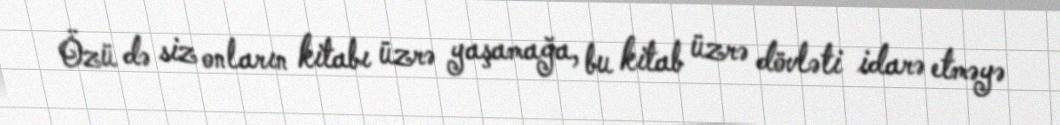
Özü də siz onların kitabı üzrə yaşamağa, bu kitab üzrə dövləti idarə etməyə